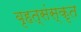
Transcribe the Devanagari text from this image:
बृहत्संस्कृत